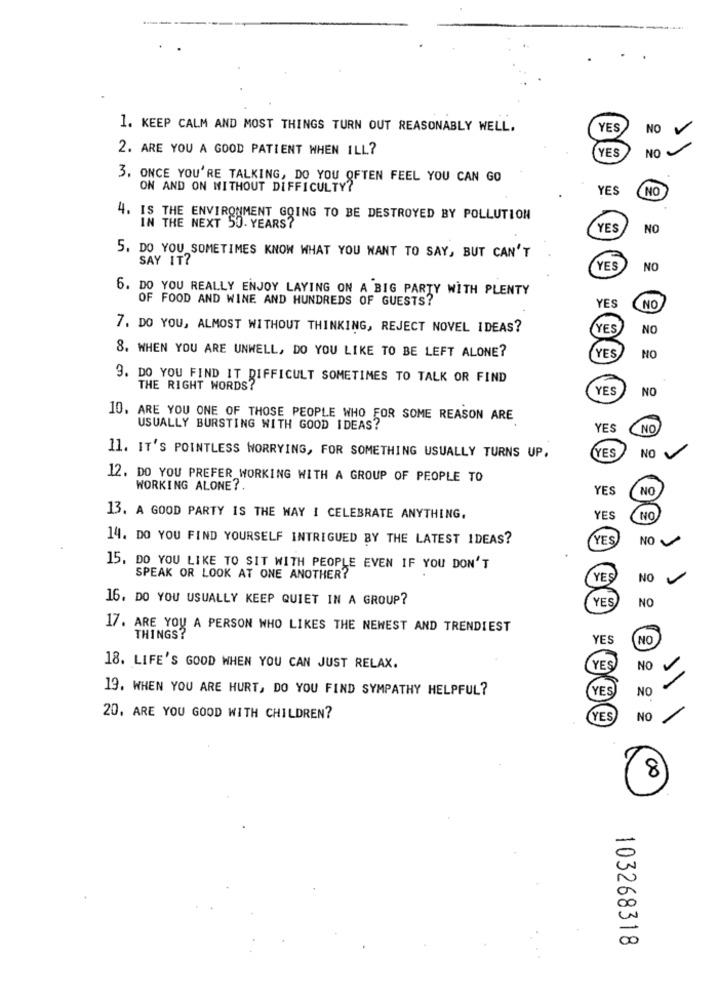
1. KEEP CALM AND MOST THINGS TURN OUT REASONABLY WELL.
YES
NO
V
2. ARE YOU A GOOD PATIENT WHEN ILL?
YES
NO
3. ONCE YOU'RE TALKING, DO YOU OFTEN FEEL YOU CAN GO
ON AND ON WITHOUT DIFFICULTY?
YES
NO
4. IS THE ENVIRONMENT GOING TO BE DESTROYED BY POLLUTION
IN THE NEXT 50. YEARS?
YES
NO
5. DO YOU SOMETIMES KNOW WHAT YOU WANT TO SAY, BUT CAN'T
SAY IT?
YES
NO
6. DO YOU REALLY ENJOY LAYING ON A BIG PARTY WITH PLENTY
OF FOOD AND WINE AND HUNDREDS OF GUESTS?
YES
NO
7. DO YOU, ALMOST WITHOUT THINKING, REJECT NOVEL IDEAS?
YES
NO
8. WHEN YOU ARE UNWELL, DO YOU LIKE TO BE LEFT ALONE?
YES
NO
9. DO YOU FIND IT DIFFICULT SOMETIMES TO TALK OR FIND
THE RIGHT WORDS?
YES
NO
10. ARE YOU ONE OF THOSE PEOPLE WHO FOR SOME REASON ARE
USUALLY BURSTING WITH GOOD IDEAS?
YES
NO
YES
NO V
11. IT'S POINTLESS WORRYING, FOR SOMETHING USUALLY TURNS UP.
12. DO YOU PREFER WORKING WITH A GROUP OF PEOPLE TO
WORKING ALONE ?.
YES
NO
13. A GOOD PARTY IS THE WAY I CELEBRATE ANYTHING.
YES
NO
14. DO YOU FIND YOURSELF INTRIGUED BY THE LATEST IDEAS?
YES
NO
15. DO YOU LIKE TO SIT WITH PEOPLE EVEN IF YOU DON'T
SPEAK OR LOOK AT ONE ANOTHER?
YES
NO
16. DO YOU USUALLY KEEP QUIET IN A GROUP?
YES
NO
17. ARE YOU A PERSON WHO LIKES THE NEWEST AND TRENDIEST
THINGS?
YES
NO
18. LIFE'S GOOD WHEN YOU CAN JUST RELAX.
YES
NO
19. WHEN YOU ARE HURT, DO YOU FIND SYMPATHY HELPFUL?
YES
NO
20. ARE YOU GOOD WITH CHILDREN?
YES
NO
8
103268318